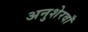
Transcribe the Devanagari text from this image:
अनुशेरवाँ